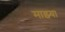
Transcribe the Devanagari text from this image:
माझ्या